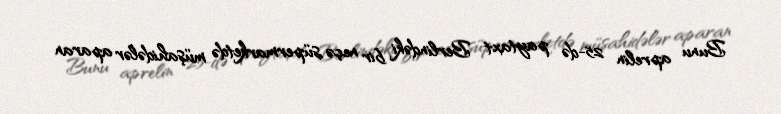
Bunu aprelin 25-də paytaxt Berlindəki bir neçə süpermarketdə müşahidələr aparan